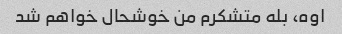
اوه، بله متشکرم من خوشحال خواهم شد